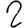
Digit: 2